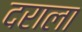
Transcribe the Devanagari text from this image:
दराला